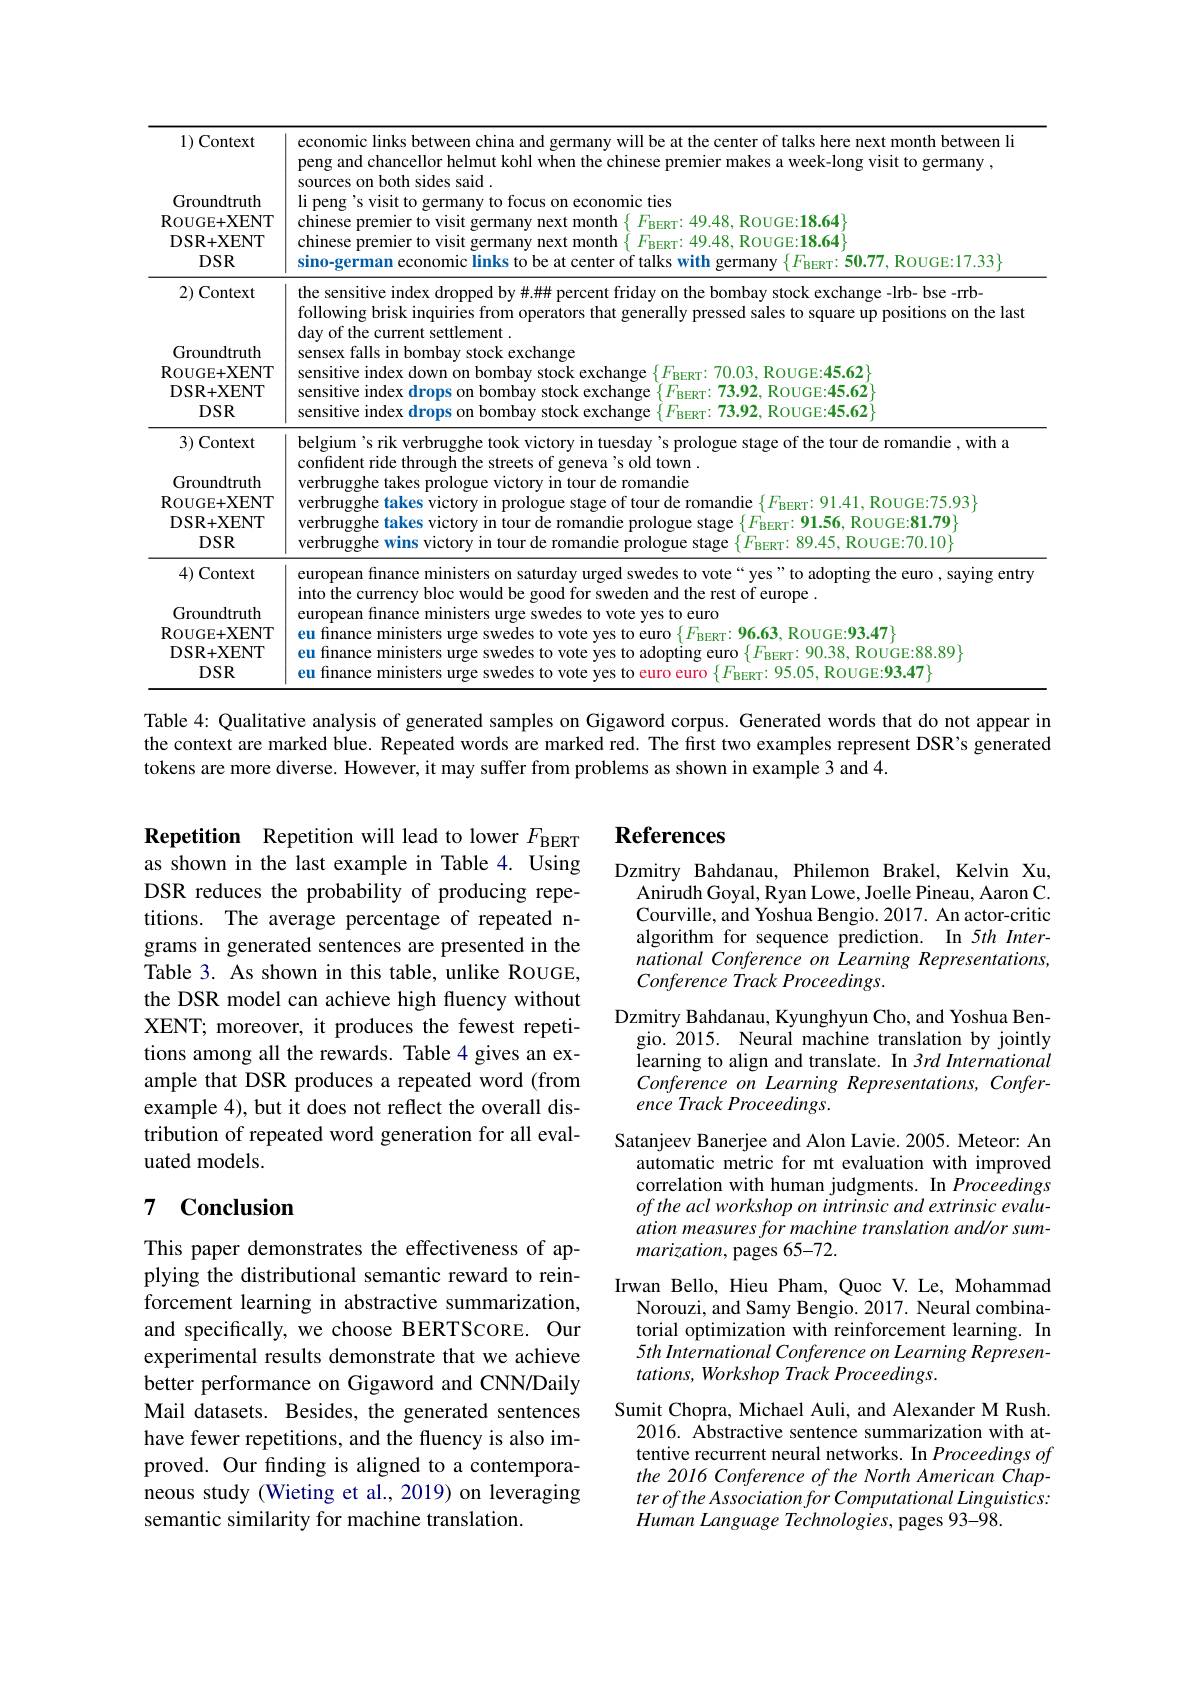
<table>
	<tbody>
		<tr>
			<th>1) Context Groundtruth ROUGE+ XENT $DSR+XENT$ $DSR$</th>
			<th>economic links between china and germany will be at the center of talks here next month between li peng and chancellor helmut kohl when the chinese premier makes a week-long visit to germany , sources on both sides said . li peng's visit to germany to focus on economic ties chinese premier to visit germany next month $\{F_{\mathrm{BERT}}:49.48$, ROUGE:18.64$\}$ chinese premier to visit germany next month $\{F_{\mathrm{BERT}}:49.48$, ROUGE:18.64$\}$ sino-german economic links to be at center of talks with germany $\{ F_{\mathrm{BERT}}: \mathbf{50. 77}$, ROUGE:17.33$\}$</th>
		</tr>
		<tr>
			<td>2) Context Groundtruth ROUGE+ XENT $DSR+XENT$ $DSR$</td>
			<td>the sensitive index dropped by #.### percent friday on the bombay stock exchange -lrb- bse -rrb- following brisk inquiries from operators that generally pressed sales to square up positions on the last day of the current settlement . sensex falls in bombay stock exchange sensitive index down on bombay stock exchange $\{F_{\mathrm{BERT}}:70.03$, ROUGE:45.62$\}$ sensitive index drops on bombay stock exchange $\{F_{\mathrm{BERT}}:73.92$, ROUGE:45.62$\}$ sensitive index drops on bombay stock exchange $\{F_{\mathrm{BERT}}:73.92$, ROUGE:45.62$\}$</td>
		</tr>
		<tr>
			<td>3) Context Groundtruth ROUGE+ XENT DSR+ XENT $DSR$</td>
			<td>belgium's rik verbrugghe took victory in tuesday's prologue stage of the tour de romandie , with a confident ride through the streets of geneva's old town . verbrugghe takes victory in prologue stage of tour de romandie $\{F_{\mathrm{BERT}}:91.41$, ROUGE:75.93$\}$ verbrugghe takes prologue victory in tour de romandie verbrugghe takes victory in tour de romandie prologue stage $\{F_{\text{BERT}}:91.56$, ROUGE:$81.79\}$ verbrugghe wins victory in tour de romandie prologue stage $\{F_{\text{BERT}:}89.45$, ROUGE:70.10$\}$</td>
		</tr>
		<tr>
			<td>4) Context Groundtruth ROUGE+ XENT DSR+ XENT $DSR$</td>
			<td>european finance ministers on saturday urged swedes to vote“ yes”to adopting the euro, saying entry into the currency bloc would be good for sweden and the rest of europe . eu finance ministers urge swedes to vote yes to euro $\{F_{\mathrm{BERT}}{:}96.63$, ROUGE:93.47$\}$ european finance ministers urge swedes to vote yes to euro eu finance ministers urge swedes to vote yes to adopting euro $\{F_{\mathrm{BERT}}:90.38$, ROUGE:$88.89\}$ eu finance ministers urge swedes to vote yes to euro euro $\{F_\mathrm{BERT}{:}95.05$, ROUGE:93.47)</td>
		</tr>
	</tbody>
</table>
Table 4: Qualitative analysis of generated samples on Gigaword corpus. Generated words that do not appear in

the context are marked blue. Repeated words are marked red. The first two examples represent DSR's generated
tokens are more diverse. However, it may suffer from problems as shown in example 3 and 4.

# References

Repetition Repetition will lead to lower $F_\mathrm{BERT}$ as shown in the last example in Table 4. Using DSR reduces the probability of producing repetitions. The average percentage of repeated ngrams in generated sentences are presented in the Table 3. As shown in this table, unlike ROUGE, the DSR model can achieve high fluency without XENT; moreover, it produces the fewest repetitions among all the rewards. Table 4 gives an example that DSR produces a repeated word (from example 4), but it does not reflect the overall distribution of repeated word generation for all evaluated models.

Dzmitry Bahdanau, Philemon Brakel, Kelvin Xu,
Anirudh Goyal, Ryan Lowe, Joelle Pineau, Aaron C. Courville, and Yoshua Bengio. 2017. An actor-critic algorithm for sequence prediction. In 5th International Conference on Learning Representations, Conference Track Proceedings.
Dzmitry Bahdanau, Kyunghyun Cho, and Yoshua Ben-
gio. 2015. Neural machine translation by jointly learning to align and translate. In 3rd International Conference on Learning Representations, Conference Track Proceedings.
Satanjeev Banerjee and Alon Lavie. 2005. Meteor: An
automatic metric for mt evaluation with improved correlation with human judgments. In Proceedings of the acl workshop on intrinsic and extrinsic evaluation measures for machine translation and/or summarization, pages 65-72.
Irwan Bello, Hieu Pham, Quoc V. Le, Mohammad
Norouzi, and Samy Bengio. 2017. Neural combinatorial optimization with reinforcement learning. In 5th International Conference on Learning Representations, Workshop Track Proceedings.
Sumit Chopra, Michael Auli, and Alexander M Rush.
2016. Abstractive sentence summarization with attentive recurrent neural networks. In Proceedings of the 2016 Conference of the North American Chapter ofthe Association for Computational Linguistics: Human Language Technologies, pages 93-98.

## 7 $\textbf{Conclusion}$

This paper demonstrates the effectiveness of applying the distributional semantic reward to reinforcement learning in abstractive summarization, and specifically, we choose BERTSCORE. Our experimental results demonstrate that we achieve better performance on Gigaword and CNN/Daily Mail datasets. Besides, the generated sentences have fewer repetitions, and the fluency is also improved. Our finding is aligned to a contemporaneous study (Wieting et al.,2019) on leveraging semantic similarity for machine translation.